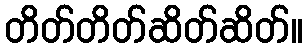
တိတ်တိတ်ဆိတ်ဆိတ်။